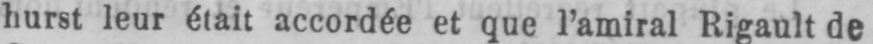
hurst leur était accordée et que l’amiral Rigault de